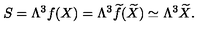
S = \Lambda ^ { 3 } f ( X ) = \Lambda ^ { 3 } { \widetilde f } ( { \widetilde X } ) \simeq \Lambda ^ { 3 } { \widetilde X } .